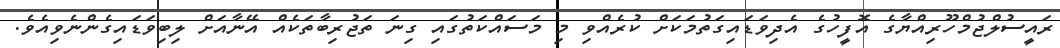
ރައީސުލްޖުމްހޫރިއްޔާގެ އޮފީހުގެ އެދިވަޑައިގަތުމަކަށް ކުރެއްވި މި މަސައްކަތުގައި ގިނަ ތަޖުރިބާތަކެއް އޭނާއަށް ލިބިވަޑައިގެންނެވިއެވެ.